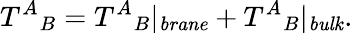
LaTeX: T^{A}{}_{B}=T^{A}{}_{B}|_{\mathit{brane}}+T^{A}{}_{B}|_{\mathit{bulk}}.